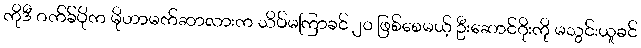
ကိုဒီ ဂက်ခ်ပိုက မိုဟာမက်ဆာလားက သိပ်မကြာခင် ၂၀ ဖြစ်စေမယ့် ဦးဆောင်ဂိုးကို မသွင်းယူခင်